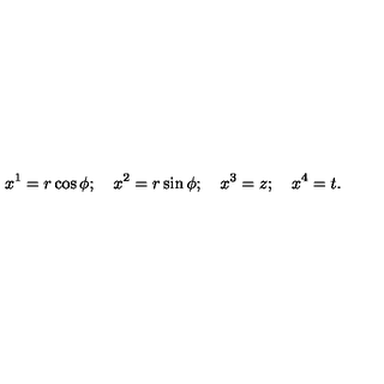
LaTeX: x ^ { 1 } = r \cos \phi ; \quad x ^ { 2 } = r \sin \phi ; \quad x ^ { 3 } = z ; \quad x ^ { 4 } = t .